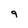
Character: 9